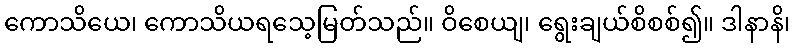
ကောသိယေ၊ ကောသိယရသေ့မြတ်သည်။ ဝိစေယျ၊ ရွေးချယ်စိစစ်၍။ ဒါနာနိ၊